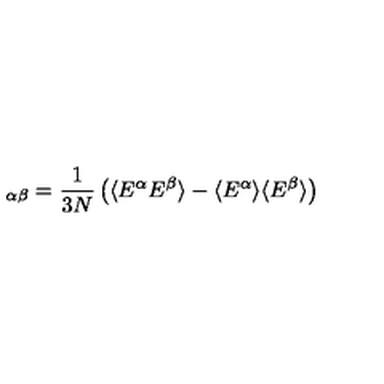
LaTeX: \protecte _ { \alpha \beta } = { \frac { 1 } { 3 N } } \left( \langle E ^ { \alpha } E ^ { \beta } \rangle - \langle E ^ { \alpha } \rangle \langle E ^ { \beta } \rangle \right)